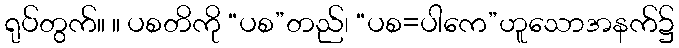
ရုပ်တွက်။ ။ ပစတိကို “ပစ”တည်၊ “ပစ=ပါကေ”ဟူသောအနက်၌